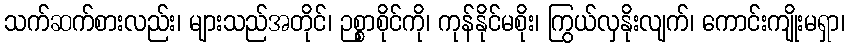
သက်ဆက်စားလည်း၊ များသည်အတိုင်၊ ဉစ္စာစိုင်ကို၊ ကုန်နိုင်မစိုး၊ ကြွယ်လှနိုးလျက်၊ ကောင်းကျိုးမရှာ၊